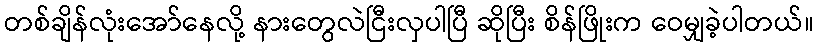
တစ်ချိန်လုံးအော်နေလို့ နားတွေလဲငြီးလှပါပြီ ဆိုပြီး စိန်ဖြိုးက ဝေမျှခဲ့ပါတယ်။